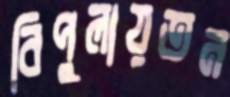
বিপুলায়তন